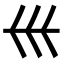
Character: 𡿧